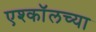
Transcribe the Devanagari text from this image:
एश्कॉलच्या